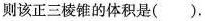
则该正三棱锥的体积是( ).